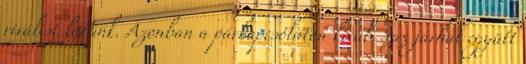
riválist látunk. Azonban a párkapcsolaton kívüli szex járhat együtt